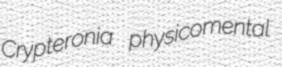
Crypteronia physicomental